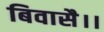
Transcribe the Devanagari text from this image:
बिवासै।।